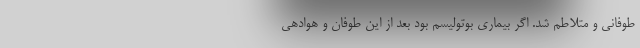
طوفانی و متلاطم شد. اگر بیماری بوتولیسم بود بعد از این طوفان و هوادهی